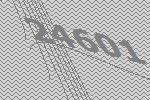
24601